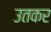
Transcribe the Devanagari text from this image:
उतकर